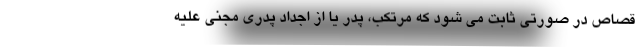
قصاص در صورتی ثابت می شود که مرتکب، پدر یا از اجداد پدری مجنی علیه